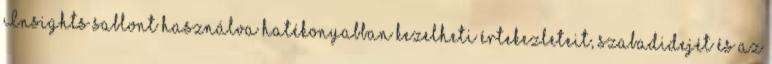
Insights sablont használva hatékonyabban kezelheti értekezleteit, szabadidejét és az